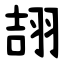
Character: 翓